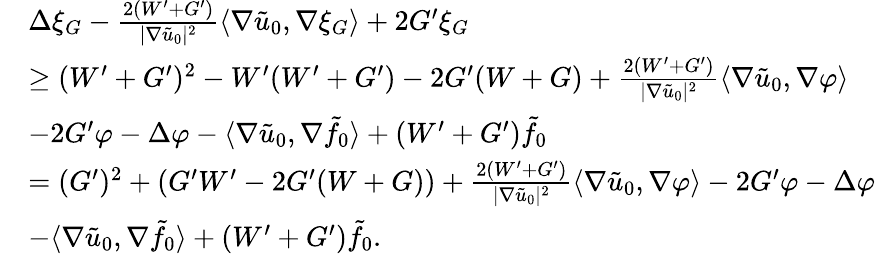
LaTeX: \begin{array}{rl}&{\Delta\xi_{G}-\frac{2(W^{\prime}+G^{\prime})}{|\nabla\tilde{u}_{0}|^{2}}\langle\nabla\tilde{u}_{0},\nabla\xi_{G}\rangle+2G^{\prime}\xi_{G}}\\ &{\geq(W^{\prime}+G^{\prime})^{2}-W^{\prime}(W^{\prime}+G^{\prime})-2G^{\prime}(W+G)+\frac{2(W^{\prime}+G^{\prime})}{|\nabla\tilde{u}_{0}|^{2}}\langle\nabla\tilde{u}_{0},\nabla\varphi\rangle}\\ &{-2G^{\prime}\varphi-\Delta\varphi-\langle\nabla\tilde{u}_{0},\nabla\tilde{f}_{0}\rangle+(W^{\prime}+G^{\prime})\tilde{f}_{0}}\\ &{=(G^{\prime})^{2}+\left(G^{\prime}W^{\prime}-2G^{\prime}(W+G)\right)+\frac{2(W^{\prime}+G^{\prime})}{|\nabla\tilde{u}_{0}|^{2}}\langle\nabla\tilde{u}_{0},\nabla\varphi\rangle-2G^{\prime}\varphi-\Delta\varphi}\\ &{-\langle\nabla\tilde{u}_{0},\nabla\tilde{f}_{0}\rangle+(W^{\prime}+G^{\prime})\tilde{f}_{0}.}\end{array}